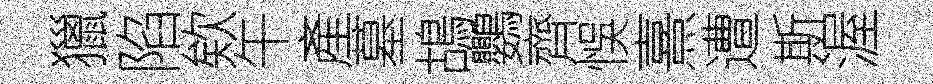
獵陷欸午產墓鴣鸚齊悞熹遭斯渥